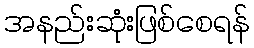
အနည်းဆုံးဖြစ်စေရန်